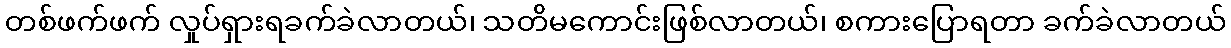
တစ်ဖက်ဖက် လှုပ်ရှားရခက်ခဲလာတယ်၊ သတိမကောင်းဖြစ်လာတယ်၊ စကားပြောရတာ ခက်ခဲလာတယ်